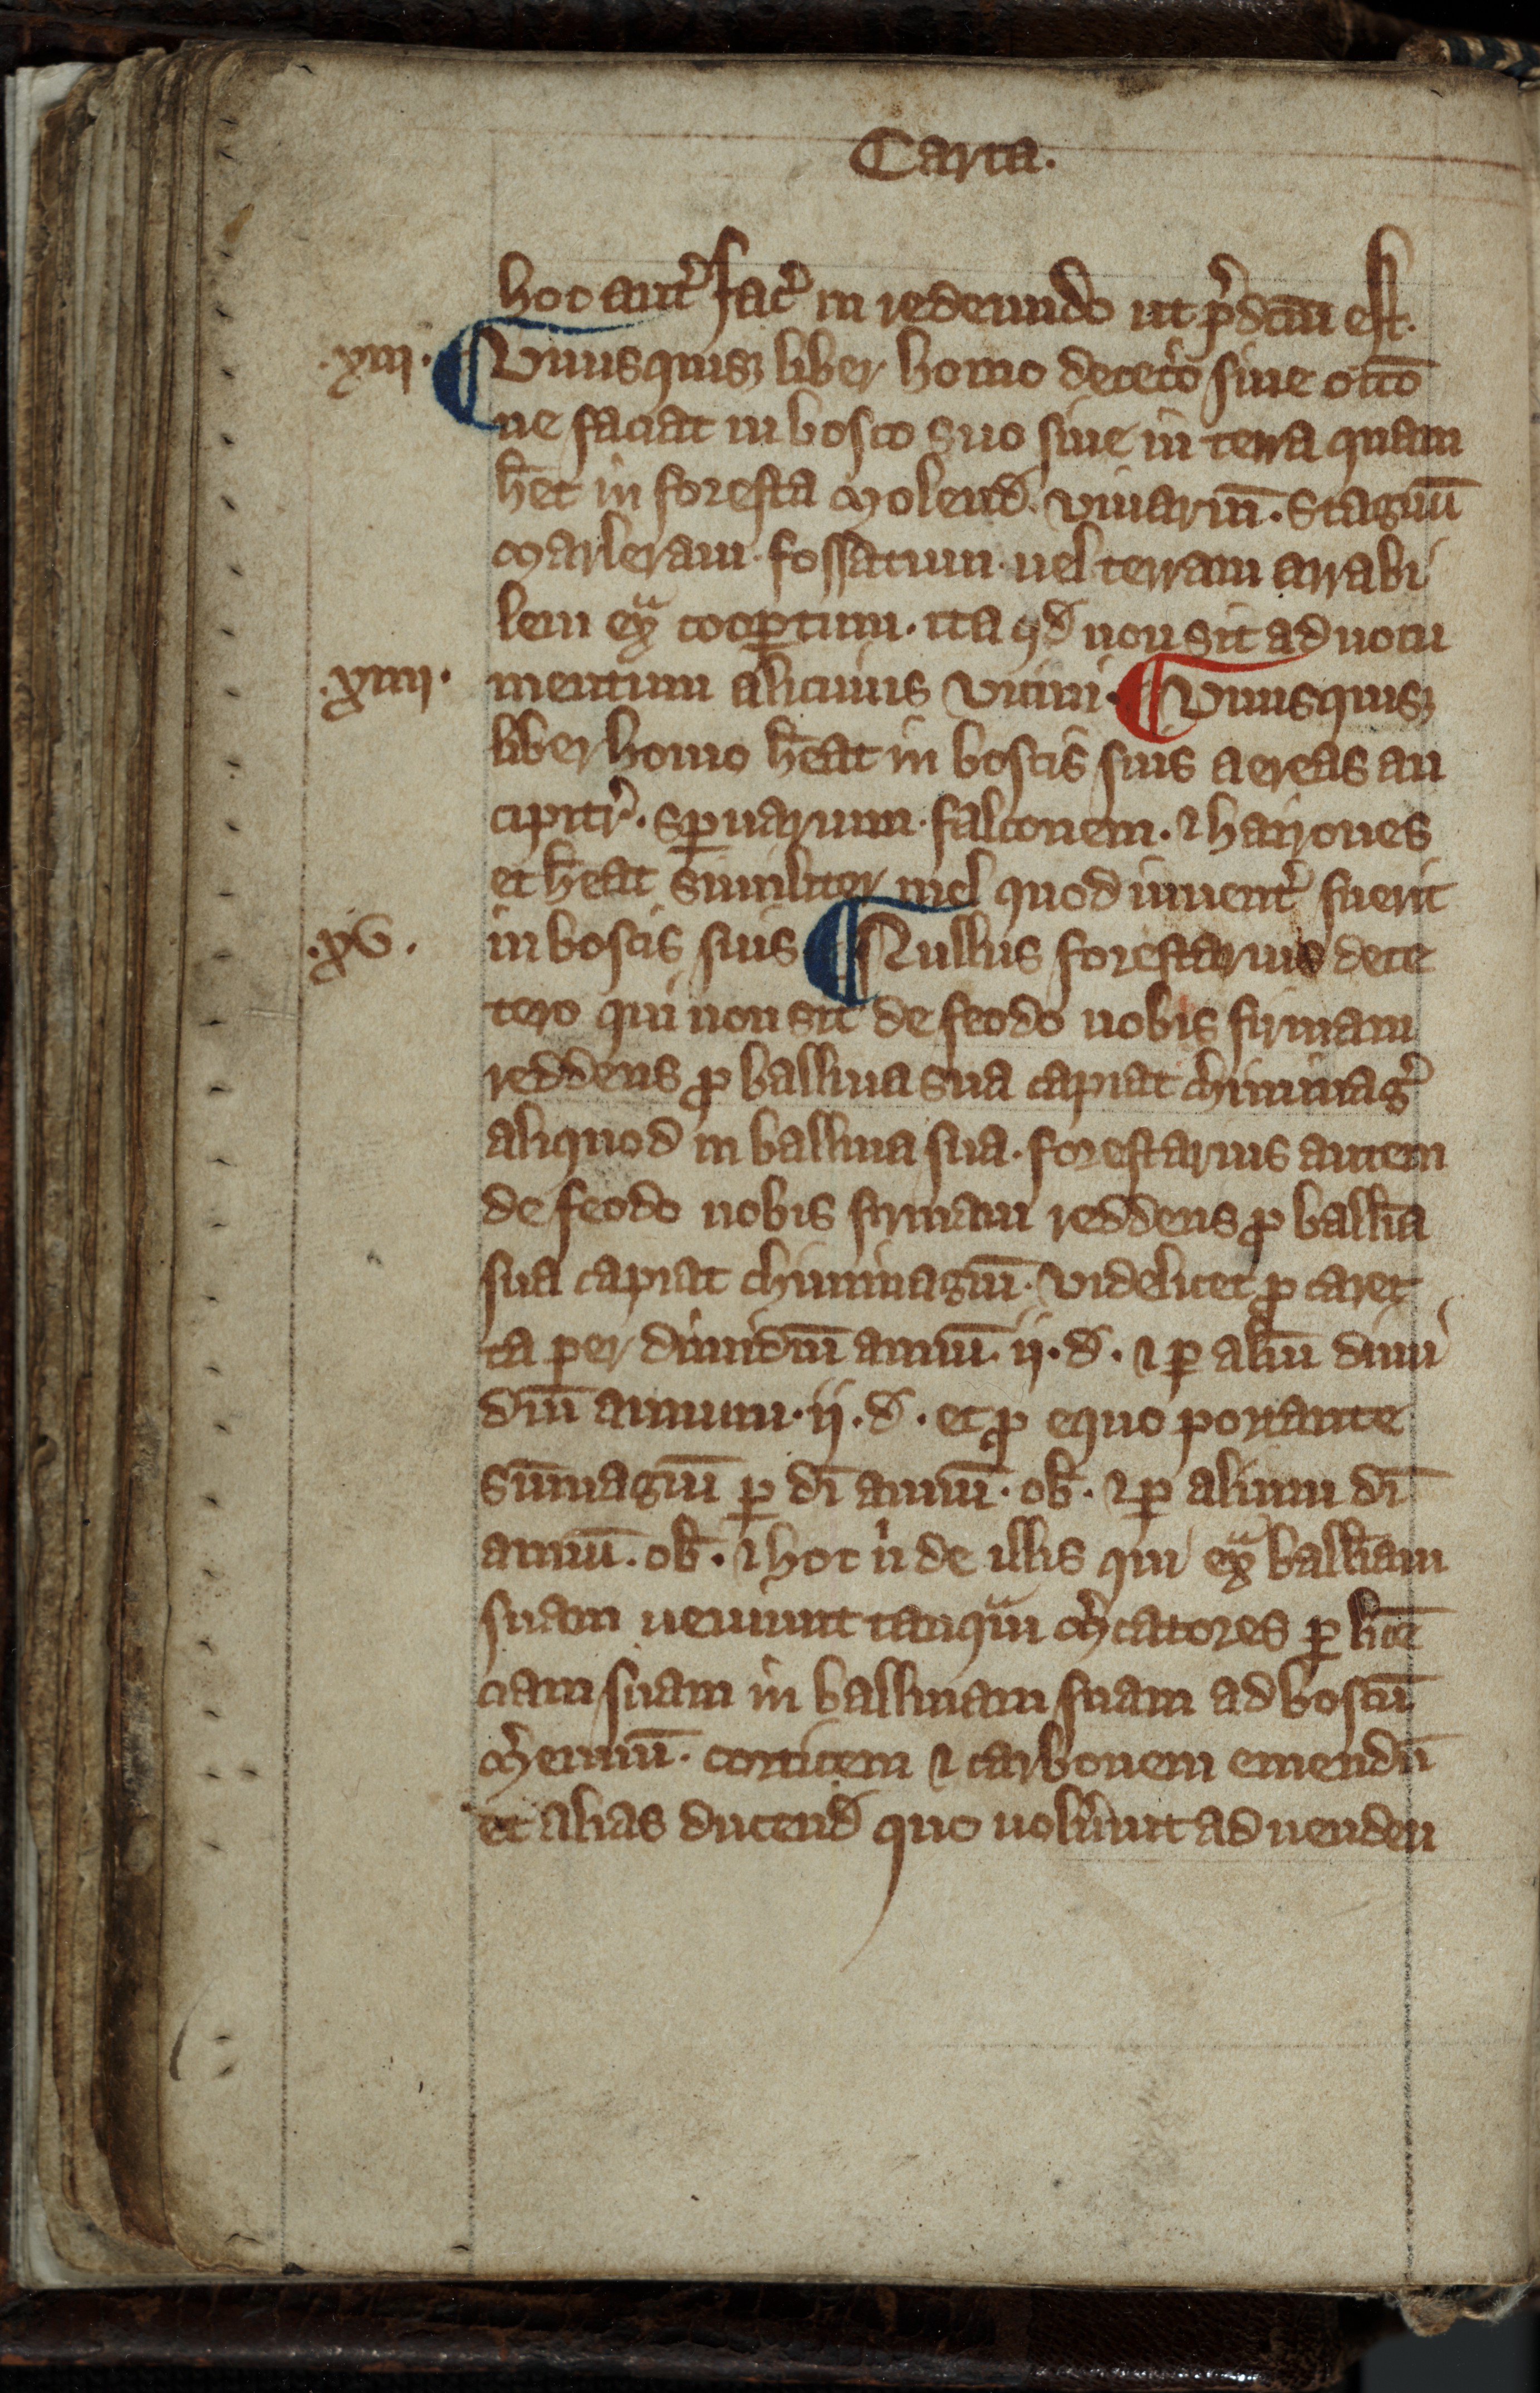
Shelfmark: Toronto, Fisher Library, ms. 01053
Century: 14